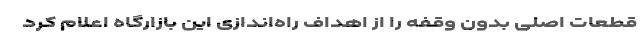
قطعات اصلی بدون وقفه را از اهداف راه‌اندازی این بازارگاه اعلام کرد